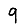
Digit: 9